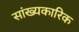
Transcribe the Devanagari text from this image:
सांख्यकारिक